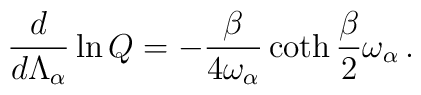
{d\over d\Lambda_\alpha}\ln Q = -{\beta\over 4\omega_\alpha}\coth{\beta\over 2}\omega_\alpha\,.